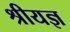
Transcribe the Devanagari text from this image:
श्रीयज्ञ